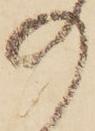
の